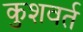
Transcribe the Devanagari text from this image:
कुशवर्त